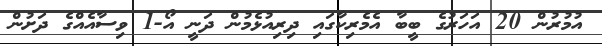
އުމުރުން 20 އަހަރުގެ ބީބާ އެމެރިކާގައި ދިރިއުޅެމުން ދަނީ އޯ-1 ވިސާއެއްގެ ދަށުން